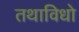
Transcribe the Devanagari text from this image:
तथाविधो